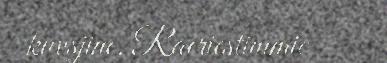
kuvsjine. Raeriestimmie